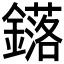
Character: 𨮎